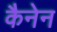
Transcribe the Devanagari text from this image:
कैनेन